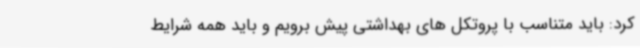
کرد: باید متناسب با پروتکل های بهداشتی پیش برویم و باید همه شرایط